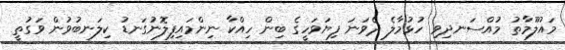
މައުލޫމާތު މުއްސަނދިވި ހުޅުމާލެ ދެވަނަ ފިޔަވަހީގެ ބިން ހިއްކާ ނިންމައިފިލޮނުގަނޑު ކިލަނބުވުން ވަގުތީ